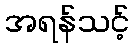
အရန်သင့်